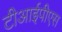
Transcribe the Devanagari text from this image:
टीआईपीएस